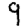
Digit: 9